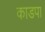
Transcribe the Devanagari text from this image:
काडपा